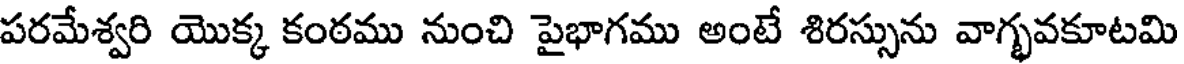
పరమేశ్వరి యొక్క కంఠము నుంచి పైభాగము అంటే శిరస్సును వాగ్భవకూటమి